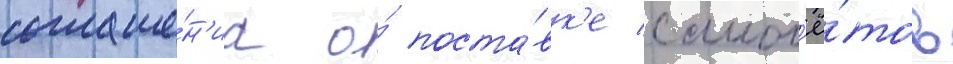
соглаше́н'иа о́ поста́вк'е самол'ё́тов